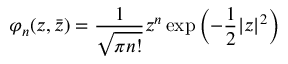
\varphi _ { n } ( z , \bar { z } ) = { \frac { 1 } { \sqrt { \pi n ! } } } z ^ { n } \exp \left( - { \frac { 1 } { 2 } } | z | ^ { 2 } \right)